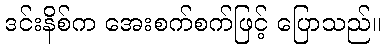
ဒင်းနိစ်က အေးစက်စက်ဖြင့် ပြောသည်။